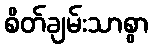
စိတ်ချမ်းသာစွာ